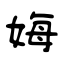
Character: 娒